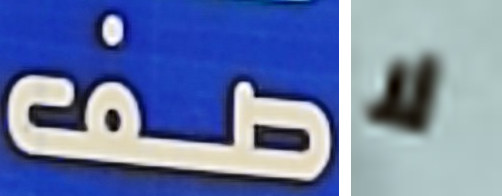
صف لا